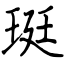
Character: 珽